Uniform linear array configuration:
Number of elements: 32
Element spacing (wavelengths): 0.25
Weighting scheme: cosine
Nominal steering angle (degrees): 0
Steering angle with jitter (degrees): -1.527
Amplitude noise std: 0.05
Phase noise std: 0.05

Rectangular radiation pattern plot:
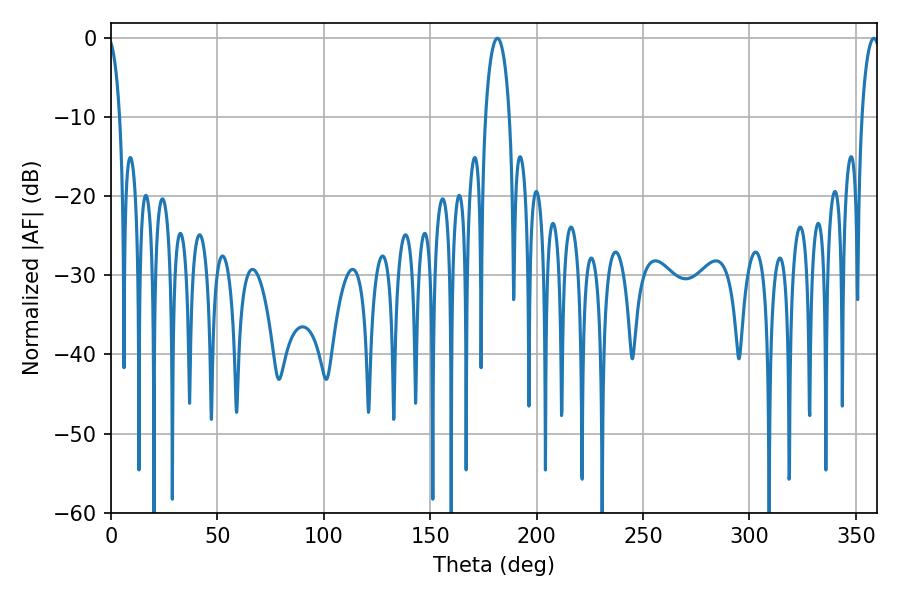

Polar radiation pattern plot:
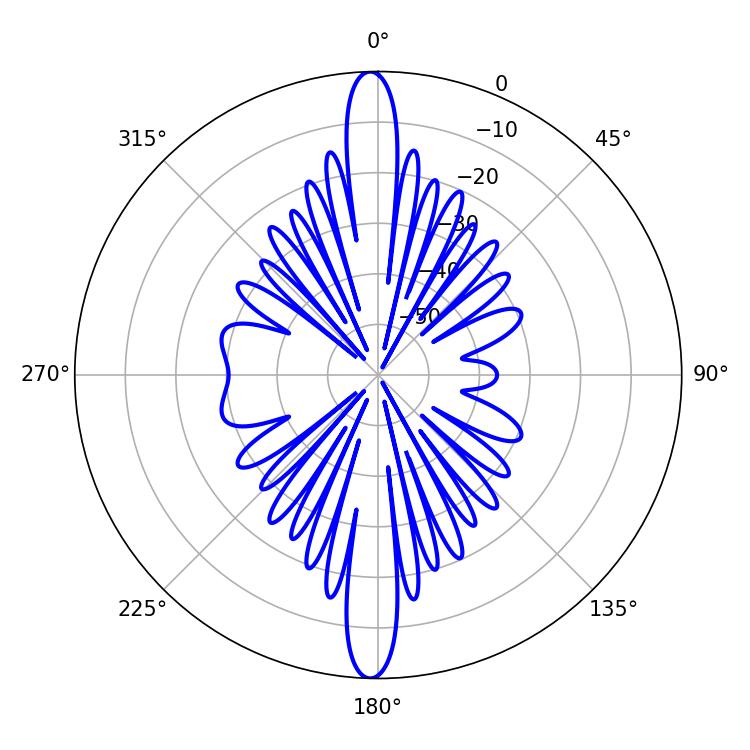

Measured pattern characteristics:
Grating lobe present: FALSE
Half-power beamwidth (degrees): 6.48
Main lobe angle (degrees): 181.62